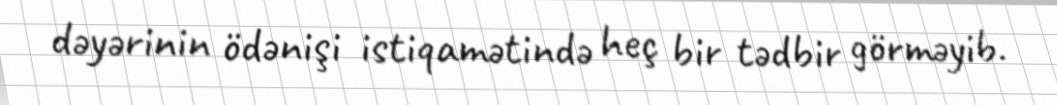
dəyərinin ödənişi istiqamətində heç bir tədbir görməyib.